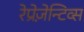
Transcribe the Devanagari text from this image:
रेप्रेज़ेन्टिव्स